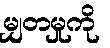
မျှတမှုကို